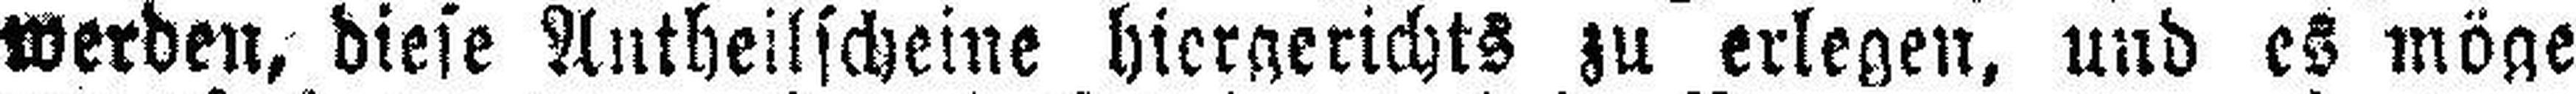
werden, diese Antheilscheine hiergerichts zu erlegen, und es möge